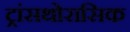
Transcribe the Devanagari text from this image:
ट्रांसथोरासिक